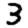
Digit: 3